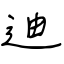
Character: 迪